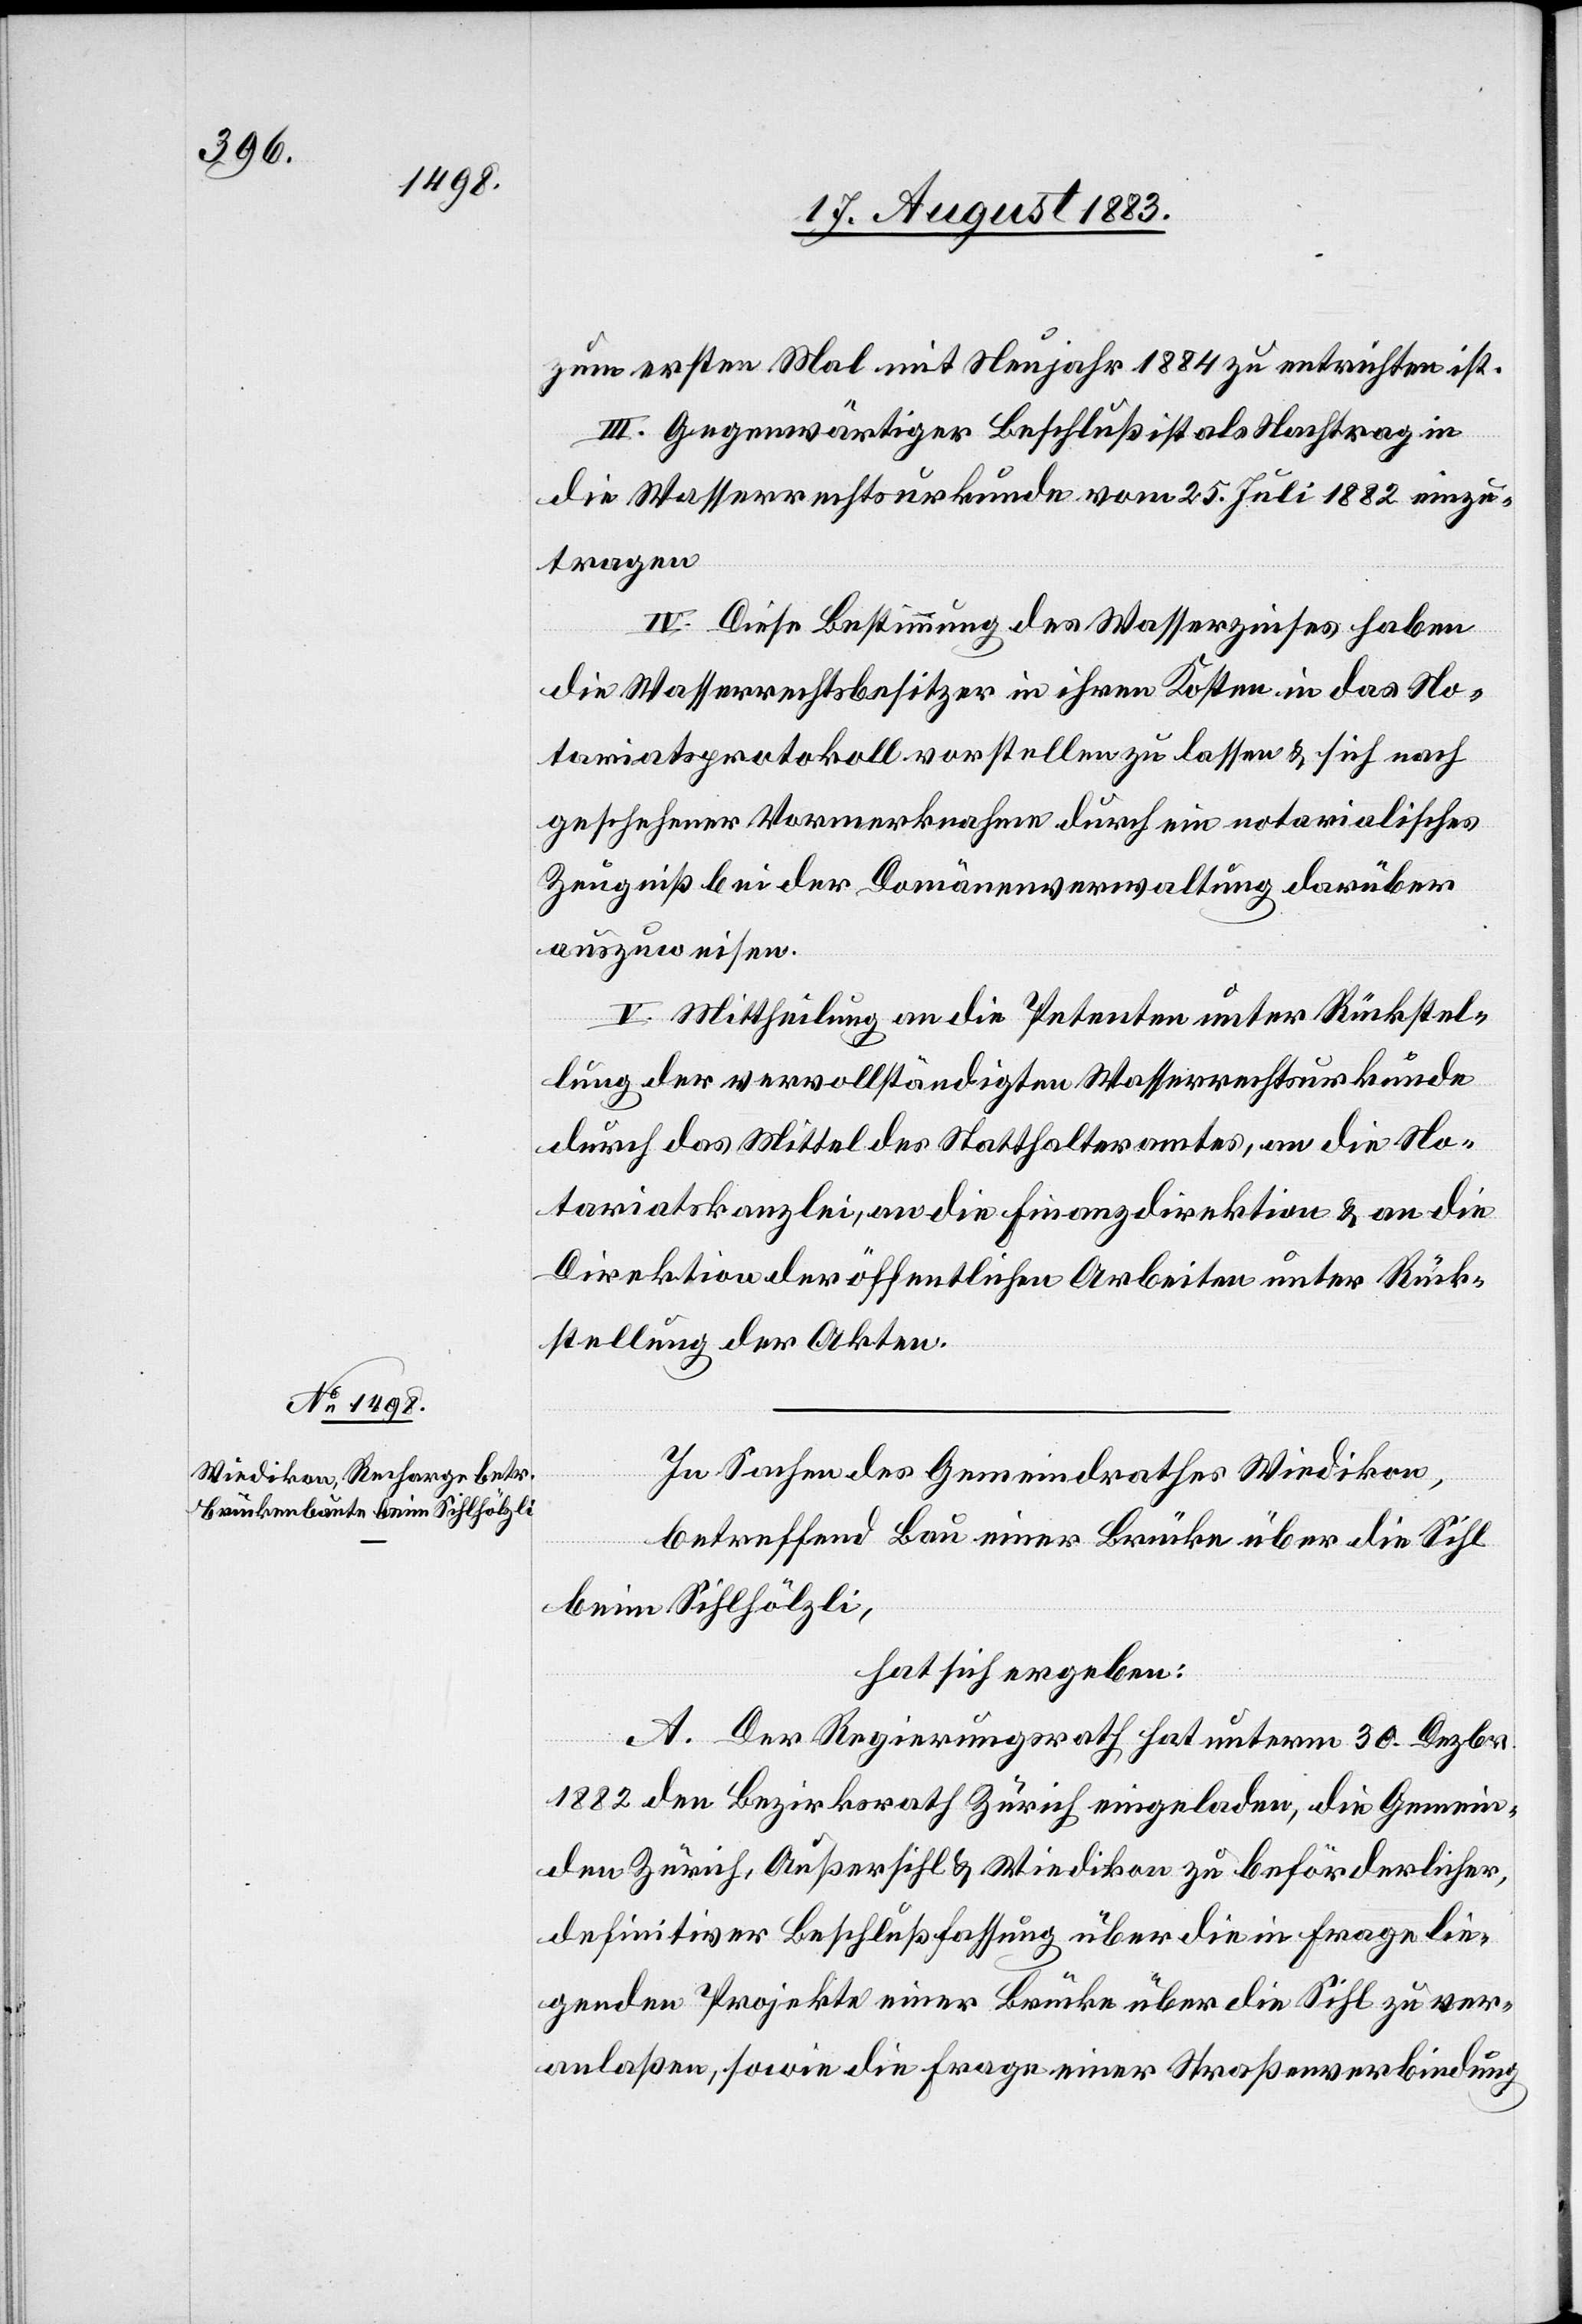
zum ersten Mal mit Neujahr 1884 zu entrichten ist.
III. Gegenwärtiger Beschluß ist als Nachtrag in
die Wasserrechtsurkunde vom 25. Juli 1882 einzu¬
tragen[.]
IV. Diese Bestimmung des Wasserzinses haben
die Wasserrechtsbesitzer in ihren Kosten in das No¬
tariatsprotokoll vorstellen zu lassen & sich nach
geschehener Vormerknahme durch ein notarialisches
Zeugniß der Domänenverwaltung darüber
auszuweisen.
V. Mittheilung an die Petenten unter Rückstel¬
lung der vervollständigten Wasserrechtsurkunde
durch das Mittel des Statthalteramtes, an die No¬
tariatskanzlei, an die Finanzdirektion & an die
Direktion der öffentlichen Arbeiten unter Rück¬
stellung der Akten.
In Sachen des Gemeindrathes Wiedikon,
betreffend Bau einer Brücke über die Sihl
beim Sihlhölzli,
hat sich ergeben:
A. Der Regierungsrath hat unterm 30. Dezbr.
1882 den Bezirksrath Zürich eingeladen, die Gemein¬
den Zürich, Außersihl & Wiedikon zu beförderlicher,
definitiver Beschlußfassung über die in Frage lie¬
genden Projekte einer Brücke über die Sihl zu ver¬
anlaßen, sowie die Frage einer Straßenverbindung